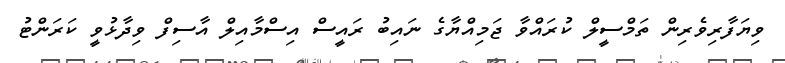
ވިޔަފާރިވެރިން ތަމްސީލް ކުރައްވާ ޖަމިއްޔާގެ ނައިބު ރައީސް އިސްމާއިލް އާސިފް ވިދާޅުވީ ކަރަންޓު